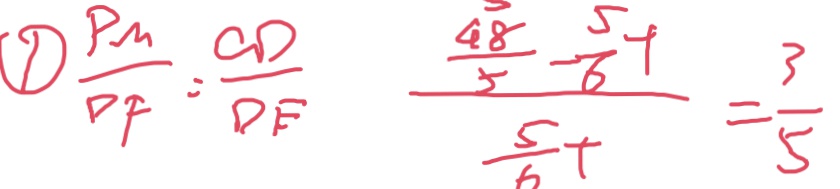
\frac { P M } { D F } = \frac { C D } { D E } \frac { \frac { 4 8 } { 5 } - \frac { 5 } { 6 } t } { \frac { 5 } { 6 } t } = \frac { 3 } { 5 }